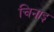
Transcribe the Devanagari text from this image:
चिनाइ